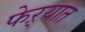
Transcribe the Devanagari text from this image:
फेऱ्यात